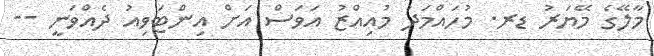
މާލޭގެ މޭޔަރު ޑރ. މުހައްމަދު މުއިއްޒު އަވަސް އަށް އިންޓަވިއު ދެއްވަނީ --